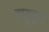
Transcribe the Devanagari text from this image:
बाळूबुवा